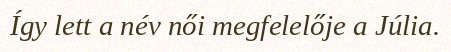
Így lett a név női megfelelője a Júlia.